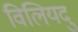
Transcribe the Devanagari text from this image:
विलियदु